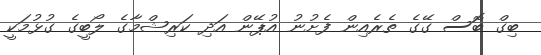
ބިގް ބޮސް ގޭގެ ތެރެއިން ފެށުނު އުޕޭން އަދި ކަރިޝްމާގެ ލޯބީގެ ގުޅުމަކީ